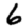
Digit: 6